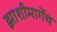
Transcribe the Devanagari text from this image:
झाशीमार्गेच